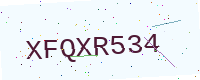
Text: XFQXR534